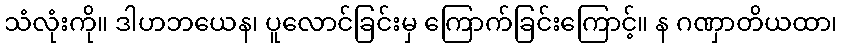
သံလုံးကို။ ဒါဟဘယေန၊ ပူလောင်ခြင်းမှ ကြောက်ခြင်းကြောင့်။ န ဂဏှာတိယထာ၊